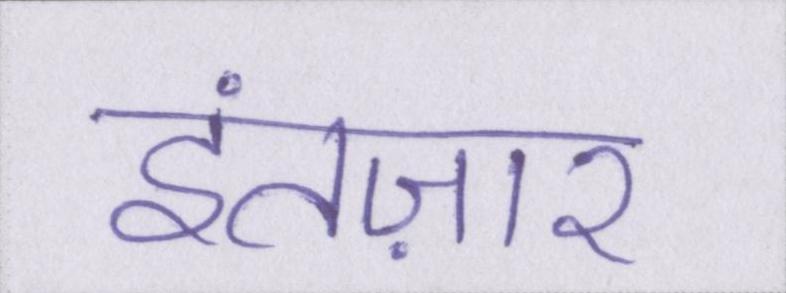
इंतज़ार